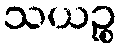
သယဉ္စ